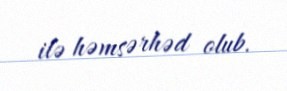
ilə həmsərhəd olub.